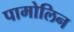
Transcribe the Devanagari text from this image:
पामोलिन